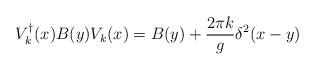
LaTeX: \begin{align*}V_k^\dagger (x)B(y)V_k(x)=B(y)+\frac{2\pi k}{g}\delta^2(x-y)\end{align*}